Civil Veterinary Department Bihar reports 1936-40 - 1936-1940
Year: 1936
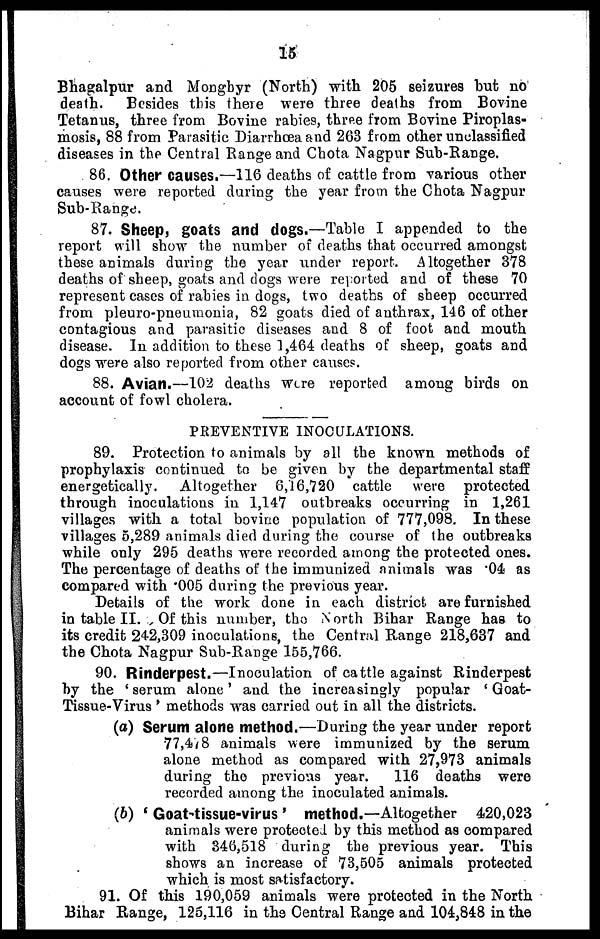
15
Bhagalpur and Monghyr (North) with 205 seizures hut no
death.
Besides this there were three deaths from Bovine
Tetanus, three from Bovine rabies, three from Bovine Piroplas-
mosis, 88 from Parasitic Diarrhoea and 263 from other unclassified
diseases in the Central Range and Chota Nagpur Sub-Range.
86. Other causes.—116 deaths of cattle from various other
causes were reported during the year from the Chota Nagpur
Sub-Range.
87. Sheep, goats and dogs.—Table I appended to the
report will show the number of deaths that occurred amongst
these animals during the year under report. Altogether 378
deaths of sheep, goats and dogs were reported and of these 70
represent cases of rabies in dogs, two deaths of sheep occurred
from pleuro-pneumonia, 82 goats died of anthrax, 146 of other
contagious and parasitic diseases and 8 of foot and mouth
disease. In addition to these 1,464 deaths of sheep, goats and
dogs were also reported from other causes.
88. Avian.—102 deaths were reported among birds on
account of fowl cholera.
PREVENTIVE INOCULATIONS.
89. Protection to animals by all the known methods of
prophylaxis continued to be given by the departmental staff
energetically. Altogether 6,16,720 cattle were protected
through inoculations in 1,147 outbreaks occurring in 1,261
villages with a total bovine population of 777,098. In these
villages 5,289 animals died during the course of the outbreaks
while only 295 deaths were recorded among the protected ones.
The percentage of deaths of the immunized animals was .04 as
compared with .005 during the previous year.
Details of the work done in each district are furnished
in table II. Of this number, the North Bihar Range has to
its credit 242,309 inoculations, the Central Range 218,637 and
the Chota Nagpur Sub-Range 155,766.
90. Rinderpest.—Inoculation of cattle against Rinderpest
by the 'serum alone' and the increasingly popular 'Goat-
Tissue-Virus' methods was carried out in all the districts.
(a) Serum alone method.—During the year under report
77,478 animals were immunized by the serum
alone method as compared with 27,973 animals
during the previous year.
116 deaths were
recorded among the inoculated animals.
(b) 'Goat-tissue-virus' method.—Altogether 420,023
animals were protected by this method as compared
with 346,518 during the previous year. This
shows an increase of 73,505 animals protected
which is most satisfactory.
91. Of this 190,059 animals were protected in the North
Bihar Range, 125,116 in the Central Range and 104,848 in the